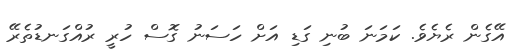
އޭގެން ރެޔެވެ. ކަމަނަ ބުނި ގަޑި އަށް ހަސަނު ގޮސް ހުރީ ރުއްގަނޑުތެރޭ